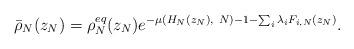
LaTeX: \begin{align*}\bar{\rho}_N(z_N)=\rho_N^{eq}(z_N) e^{-\mu(H_N(z_N),\ N) - 1 -\sum_i \lambda_i F_{i,N}(z_N)}.\end{align*}